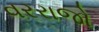
વરરાજો